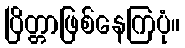
ပြိတ္တာဖြစ်နေကြပုံ။